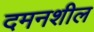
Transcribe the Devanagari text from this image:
दमनशील